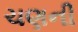
ચણની